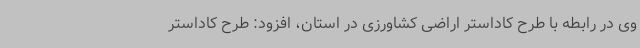
وی در رابطه با طرح کاداستر اراضی کشاورزی در استان، افزود: طرح کاداستر